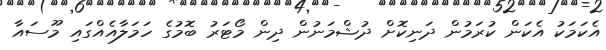
އެކަމަކު އެކަން ކުރަމުން ދަނިކޮށް ދުޝްމަނުން ދިން މޯޓަރު ބޮމުގެ ހަމަލާއެއްގައި މޫސައާ